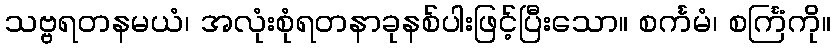
သဗ္ဗရတနမယံ၊ အလုံးစုံရတနာခုနစ်ပါးဖြင့်ပြီးသော။ စင်္ကမံ၊ စင်္ကြံကို။